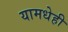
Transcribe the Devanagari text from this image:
यामधेही